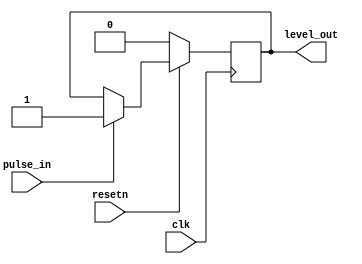
`timescale 1ns / 1ps
//////////////////////////////////////////////////////////////////////////////////
// Company: 
// Engineer: 
// 
// Design Name: 
// Module Name: pulse_detector
// Project Name: 
// Target Devices: 
// Tool Versions: 
// Description: 
// 
// Dependencies: 
// 
// Revision:
// Revision 0.01 - File Created
// Additional Comments:
// 
//////////////////////////////////////////////////////////////////////////////////


module pulse_detector(
    input clk,
    input resetn,
    input pulse_in,
    output reg level_out
    );


	always@(posedge clk) begin
		if (!resetn) begin
			level_out   <= 1'b0;
		end else if (pulse_in) begin
			level_out <= 1'b1;
		end
	end
endmodule